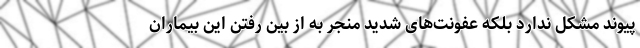
پیوند مشکل ندارد بلکه عفونت‌های شدید منجر به از بین رفتن این بیماران